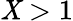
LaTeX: \mathit{X}>1